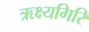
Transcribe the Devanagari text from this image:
ऋक्ष्यगिरि